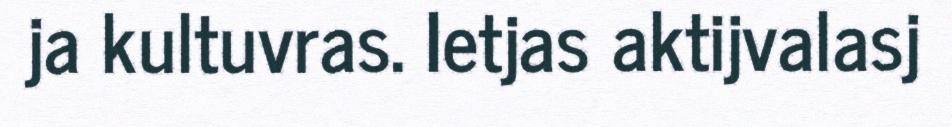
ja kultuvras. Ietjas aktijvalasj